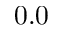
0 . 0